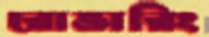
রোভারিং